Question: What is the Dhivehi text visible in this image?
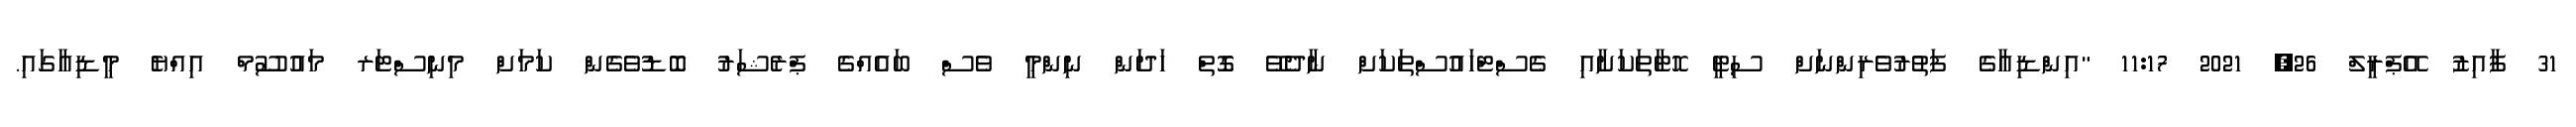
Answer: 31 ފާއިޒު އޭޕްރީލް 26, 2021 11:17 "އިންޑިއާގެ ފަތުރުވެރިންނަށް ސިޓީ ހޮޓާތަކަށާއި ގެސްޓްހައުސްތަކަށް ނާދެވޭ ގޮތް ހަދަން ނިންމީ ވެސް ބައެއްގެ ޕްރެޝަރު ބޮޑުވެގެން ކަމަށް މިނިސްޓަރ މައުސޫމް އިއްޔެ މީޑިއާގައި.